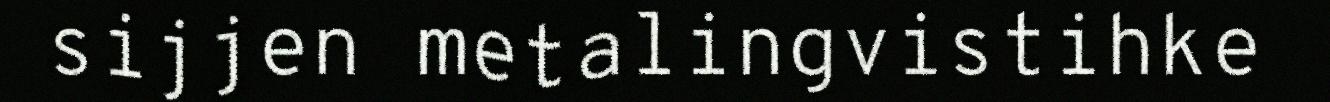
sijjen metalingvistihke